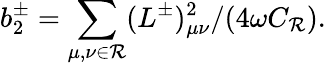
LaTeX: b_{2}^{\pm}=\sum_{\mu,\nu\in{\cal R}}(L^{\pm})_{\mu\nu}^{2}/(4\omega C_{\cal R}).